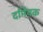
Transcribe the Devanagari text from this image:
दमियक